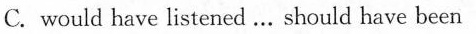
C. would have listened ... should have been